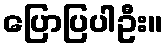
ပြောပြပါဦး။